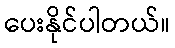
ပေးနိုင်ပါတယ်။